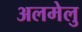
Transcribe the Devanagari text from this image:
अलमेलु